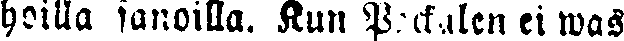
hoilla sanoilla. Kun Packalen ei was